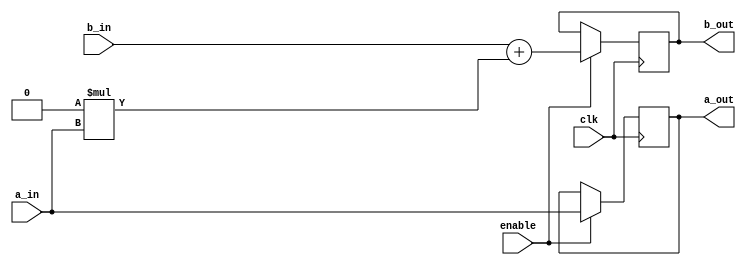
`timescale 1ns / 1ps

module processingUnit(clk, a_in, a_out, b_out, b_in, enable);

	input clk;
	input enable;
	input signed [31:0] a_in, b_in;
	output reg signed [31:0] a_out, b_out;
	
	parameter weight = 0;
	
	initial begin
		a_out <= 32'h0;
		b_out <= 32'h0;
	end
	
	always @(posedge clk) begin
		if(enable) begin
			b_out <= b_in + $signed(weight) * a_in;
			a_out <= a_in;
		end
	end
	
endmodule